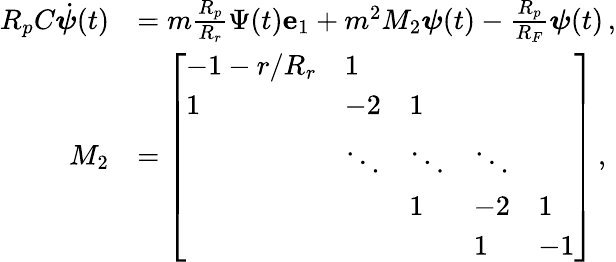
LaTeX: \begin{array}{rl}{R_{p}C\dot{\boldsymbol{\psi}}(t)}&{=m\frac{R_{p}}{R_{r}}\Psi(t)\mathbf{e}_{1}+m^{2}M_{2}\boldsymbol{\psi}(t)-\frac{R_{p}}{R_{F}}\boldsymbol{\psi}(t)\, ,}\\ {M_{2}}&{=\left[\begin{array}{lllll}{-1-r/R_{r}}&{1}&&&\\ {1}&{-2}&{1}&&\\ &{\ddots}&{\ddots}&{\ddots}&\\ &&{1}&{-2}&{1}\\ &&&{1}&{-1}\end{array}\right]\, ,}\end{array}